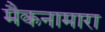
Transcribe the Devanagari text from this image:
मैकनामारा